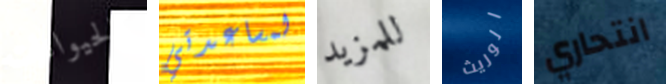
كالحيوانات لمساعدتي للمزيد الوريث انتحاري